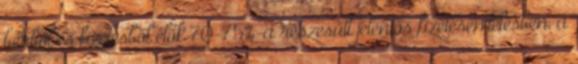
bérből és fizetésből élők 70-75%-a részesült jelentős fizetésemelésben, a